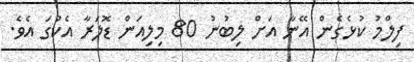
ފިލްމު ކުޅެގެން އޭނާ އަށް ލިބުނު 80 މިލިއަން ޑޮލަރާ އެކުގަ އެވެ.